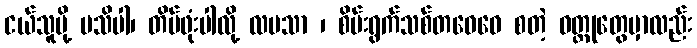
ငယ်သူမို့ မသိပါ၊ တိမ်ဖုံးပါလို့ လမသာ ၊ စိမ်းရွက်သစ်တဝေဝေ စတဲ့ ဝတ္ထုတွေမှာလည်း